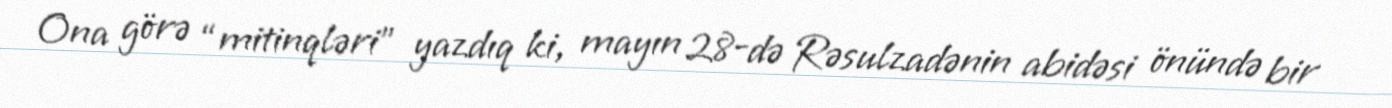
Ona görə “mitinqləri” yazdıq ki, mayın 28-də Rəsulzadənin abidəsi önündə bir